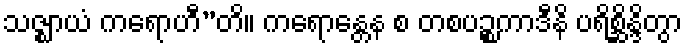
သဇ္ဈာယံ ကရောဟီ”တိ။ ကရောန္တေန စ တစပဉ္စကာဒီနိ ပရိစ္ဆိန္ဒိတွာ